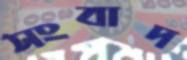
সংবাদ